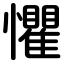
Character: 懼